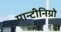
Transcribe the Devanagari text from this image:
मान्टीनिग्रो